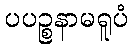
ပပဉ္စနာမရူပံ